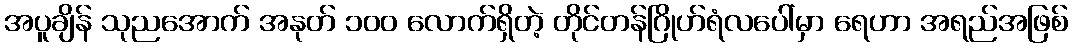
အပူချိန် သုညအောက် အနုတ် ၁၀၀ လောက်ရှိတဲ့ တိုင်တန်ဂြိုဟ်ရံလပေါ်မှာ ရေဟာ အရည်အဖြစ်